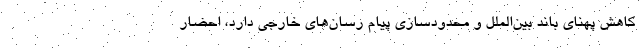
کاهش پهنای باند بین‌الملل و محدودسازی پیام رسان‌های خارجی دارد، احضار